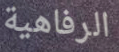
الرفاهية